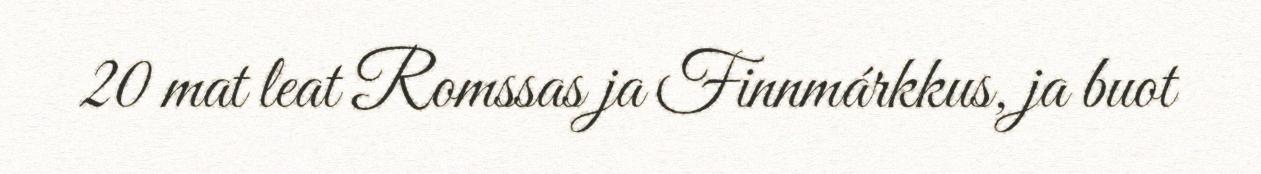
20 mat leat Romssas ja Finnmárkkus, ja buot